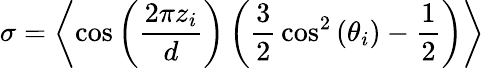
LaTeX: \sigma=\left\langle\cos\left({\frac{2\pi z_{i}}{d}}\right)\left({\frac{3}{2}}\cos^{2}\left(\theta_{i}\right)-{\frac{1}{2}}\right)\right\rangle